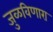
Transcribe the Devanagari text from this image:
जुळविणारा